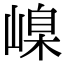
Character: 嵲